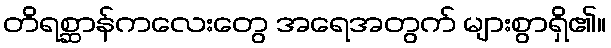
တိရစ္ဆာန်ကလေးတွေ အရေအတွက် များစွာရှိ၏။